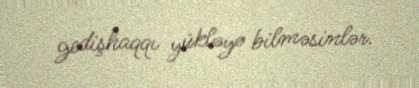
gedişhaqqı yükləyə bilməsinlər.